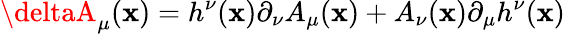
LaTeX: \deltaA_{\mu}(\mathbf{x})=h^{\nu}(\mathbf{x})\partial_{\nu}A_{\mu}(\mathbf{x})+A_{\nu}(\mathbf{x})\partial_{\mu}h^{\nu}(\mathbf{x})